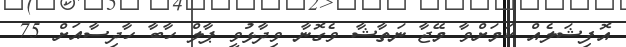
އޮފިޝަލެއް ކަމަށްވާ މޭޖާ ނަތާޝާ ވެގޮނާ ވިދާޅުވީ ޕާލް ހާބާ ހާދިސާއަށް 75